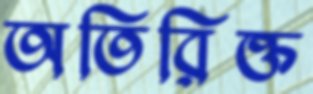
অতিরিক্ত